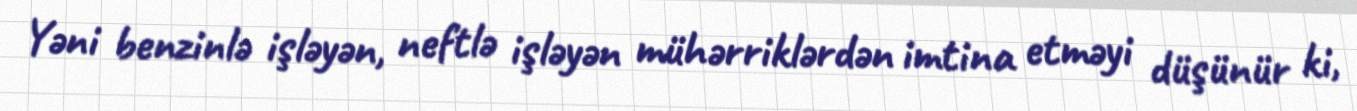
Yəni benzinlə işləyən, neftlə işləyən mühərriklərdən imtina etməyi düşünür ki,